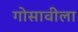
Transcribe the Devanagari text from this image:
गोसावीला